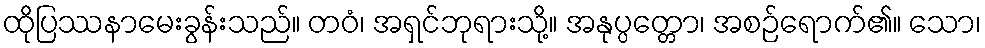
ထိုပြဿနာမေးခွန်းသည်။ တဝံ၊ အရှင်ဘုရားသို့။ အနုပ္ပတ္တော၊ အစဉ်ရောက်၏။ သော၊